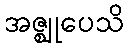
အဇ္ဈုပေသိ